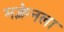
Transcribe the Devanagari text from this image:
मक्लेनला